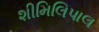
શીમિલિપાલ